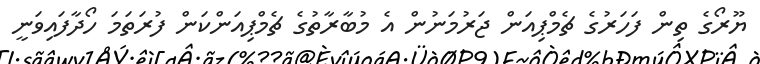
ޔޫރޯގެ ތިން ފަހަރުގެ ޗެމްޕިއަން ޖަރުމަނުން އެ މުބާރާތުގެ ޗެމްޕިއަންކަން ފުރަތަމަ ހޯދާފައިވަނީ